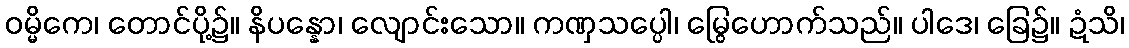
ဝမ္မိကေ၊ တောင်ပို့၌။ နိပန္နော၊ လျောင်းသော။ ကဏှသပ္ပေါ၊ မြွေဟောက်သည်။ ပါဒေ၊ ခြေ၌။ ဍံသိ၊